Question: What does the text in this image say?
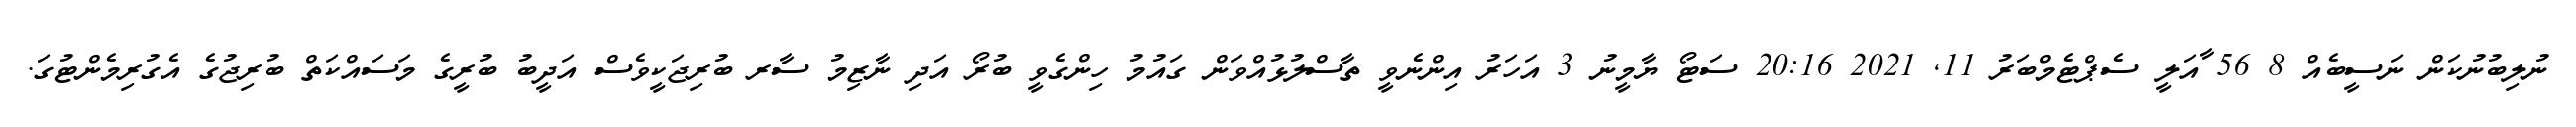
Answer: ނުލިބުނުކަން ނަސީބެއް 8 56 ާއަލީ ސެޕްޓެމްބަރު 11, 2021 20:16 ސަޓޯ ޔާމީނު 3 އަހަރު އިންނެވީ ތާސްލުޅުއްވަން ގައުމު ހިންގެވީ ބުރޯ އަދި ނާޒިމު ސާރ ބުރިޖަކީވެސް އަދީބު ބުރީގެ މަސައްކަތް ބުރިޖުގެ އެގުރިމެންޓުގަ.